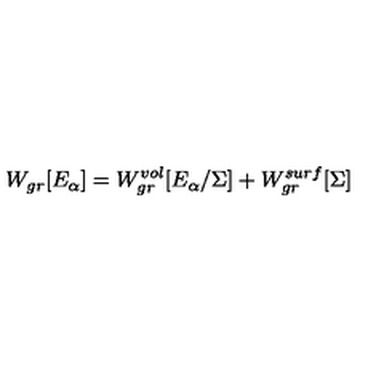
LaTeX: W _ { g r } [ E _ { \alpha } ] = W _ { g r } ^ { v o l } [ E _ { \alpha } / \Sigma ] + W _ { g r } ^ { s u r f } [ \Sigma ]